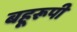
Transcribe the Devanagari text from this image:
बहूरूपी